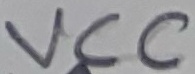
Text: VCC